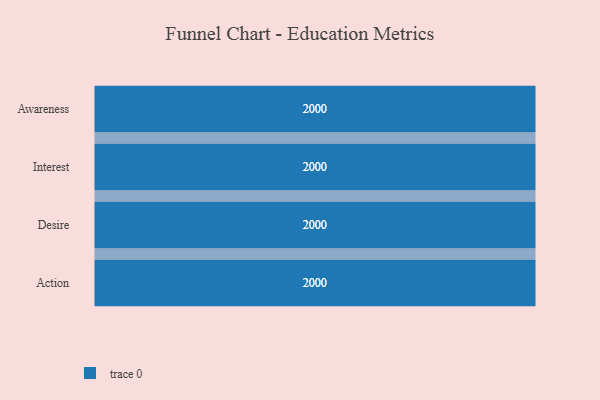
{"axis": {"x": "Stage", "y": "Value"}, "legend": [""], "data": [{"x": "Awareness", "y": 2000, "type": ""}, {"x": "Interest", "y": 2000, "type": ""}, {"x": "Desire", "y": 2000, "type": ""}, {"x": "Action", "y": 2000, "type": ""}]}